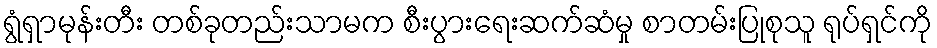
ရွံရှာမုန်းတီး တစ်ခုတည်းသာမက စီးပွားရေးဆက်ဆံမှု စာတမ်းပြုစုသူ ရုပ်ရှင်ကို